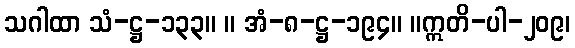
သဂါထာ သံ-ဋ္ဌ-၁၃၃။ ။ အံ-၈-ဋ္ဌ-၁၉၄။ ။ဣတိ-ပါ-၂၀၉၊